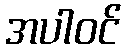
အပါဝင်